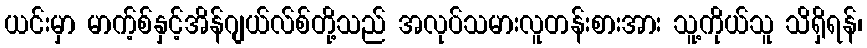
ယင်းမှာ မာက့်စ်နှင့်အိန်ဂျယ်လ်စ်တို့သည် အလုပ်သမားလူတန်းစားအား သူ့ကိုယ်သူ သိရှိရန်၊